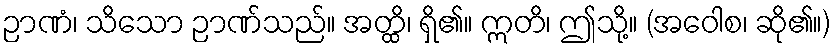
ဉာဏံ၊ သိသော ဉာဏ်သည်။ အတ္ထိ၊ ရှိ၏။ ဣတိ၊ ဤသို့။ (အဝေါစ၊ ဆို၏။)